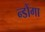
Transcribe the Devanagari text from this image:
न्डोंगा